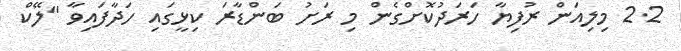
2.2 މިލިއަން ރުފިޔާ ހަރަދުކޮށްގެން މި ރަށު ބަންޑާރަ ކިޅީގައި ހަދާފައިވާ "ލޭކް